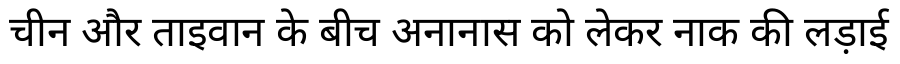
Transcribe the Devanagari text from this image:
चीन और ताइवान के बीच अनानास को लेकर नाक की लड़ाई